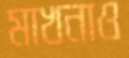
মাখনাও